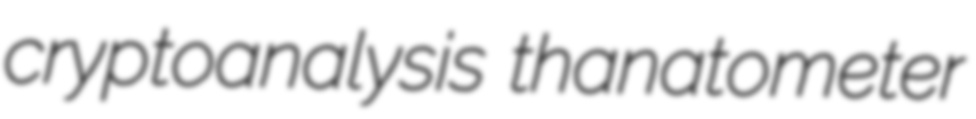
cryptoanalysis thanatometer